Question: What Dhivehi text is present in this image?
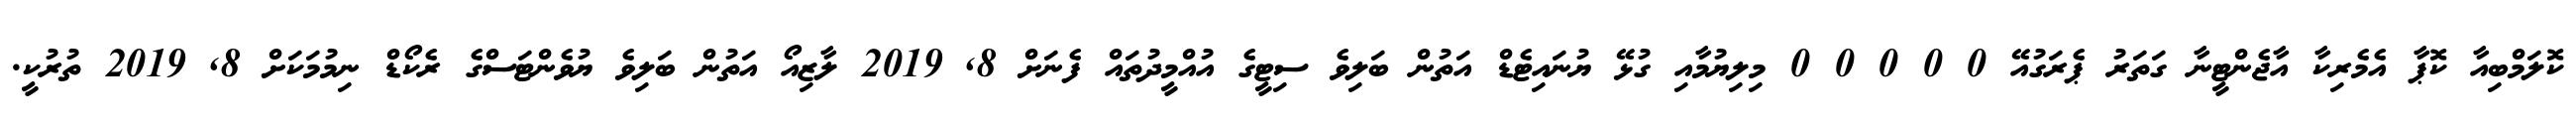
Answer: ކޮލަމްބިއާ ކޮޕާ އެމެރިކާ އާޖެންޓީނާ ގަތަރު ޕެރަގުއޭ 0 0 0 0 0 މިލިޔުމާއި ގުޅޭ ޔުނައިޓެޑް އަތުން ބަލިވެ ސިޓީގެ އުއްމީދުތައް ފެނަށް 8, 2019 ލާޒިއޯ އަތުން ބަލިވެ ޔުވެންޓަސްގެ ރެކޯޑް ނިމުމަކަށް 8, 2019 ތުރުކީ.